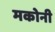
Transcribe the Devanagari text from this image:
मकोनी